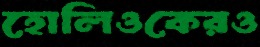
হোলিওকেরও